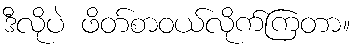
ဒီလိုပဲ ဖိတ်စာဝယ်လိုက်ကြတာ။